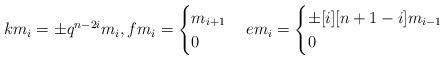
LaTeX: \begin{align*}k m_i= \pm q^{n-2i} m_i, f m_i= \begin{cases} m_{i+1} & \\ 0 & \end{cases}e m_i= \begin{cases} \pm [i][n+1-i] m_{i-1} & \\ 0 & \end{cases}\end{align*}